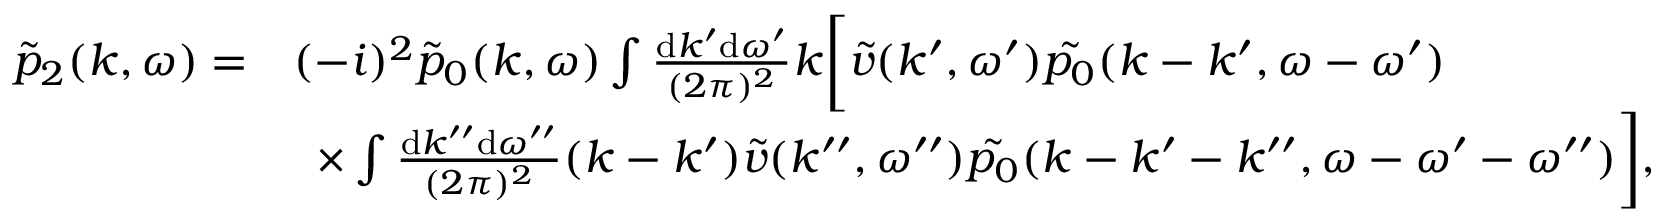
\begin{array} { r l } { \tilde { p } _ { 2 } ( k , \omega ) = } & { ( - i ) ^ { 2 } \tilde { p } _ { 0 } ( k , \omega ) \int \frac { \mathrm { d } k ^ { \prime } \mathrm { d } \omega ^ { \prime } } { ( 2 \pi ) ^ { 2 } } k \bigg [ \tilde { v } ( k ^ { \prime } , \omega ^ { \prime } ) \tilde { p _ { 0 } } ( k - k ^ { \prime } , \omega - \omega ^ { \prime } ) } \\ & { \, \, \, \times \int \frac { \mathrm { d } k ^ { \prime \prime } \mathrm { d } \omega ^ { \prime \prime } } { ( 2 \pi ) ^ { 2 } } ( k - k ^ { \prime } ) \tilde { v } ( k ^ { \prime \prime } , \omega ^ { \prime \prime } ) \tilde { p _ { 0 } } ( k - k ^ { \prime } - k ^ { \prime \prime } , \omega - \omega ^ { \prime } - \omega ^ { \prime \prime } ) \bigg ] , } \end{array}